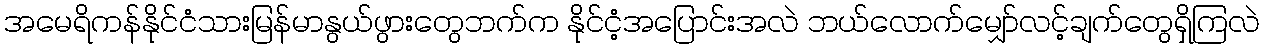
အမေရိကန်နိုင်ငံသားမြန်မာနွယ်ဖွားတွေဘက်က နိုင်ငံ့အပြောင်းအလဲ ဘယ်လောက်မျှော်လင့်ချက်တွေရှိကြလဲ